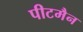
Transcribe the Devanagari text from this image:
पीटमैन